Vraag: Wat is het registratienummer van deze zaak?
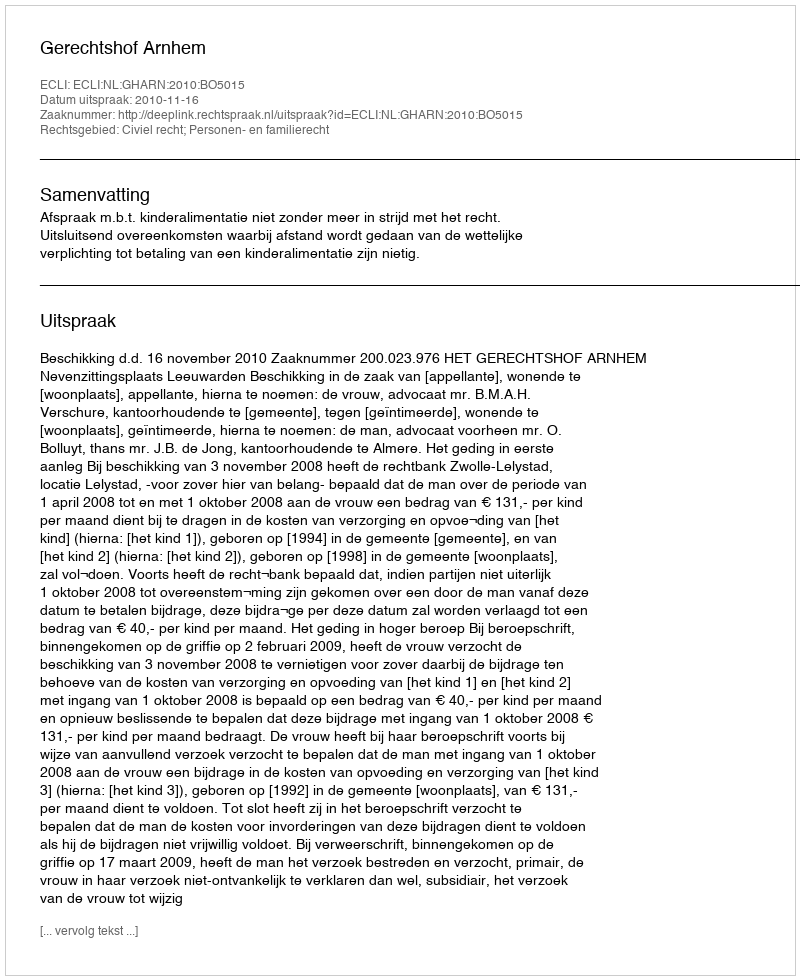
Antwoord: http://deeplink.rechtspraak.nl/uitspraak?id=ECLI:NL:GHARN:2010:BO5015